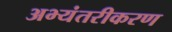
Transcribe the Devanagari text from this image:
अभ्यंतरीकरण